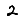
Digit: 2